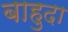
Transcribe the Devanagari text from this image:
बाहुदा